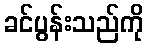
ခင်ပွန်းသည်ကို